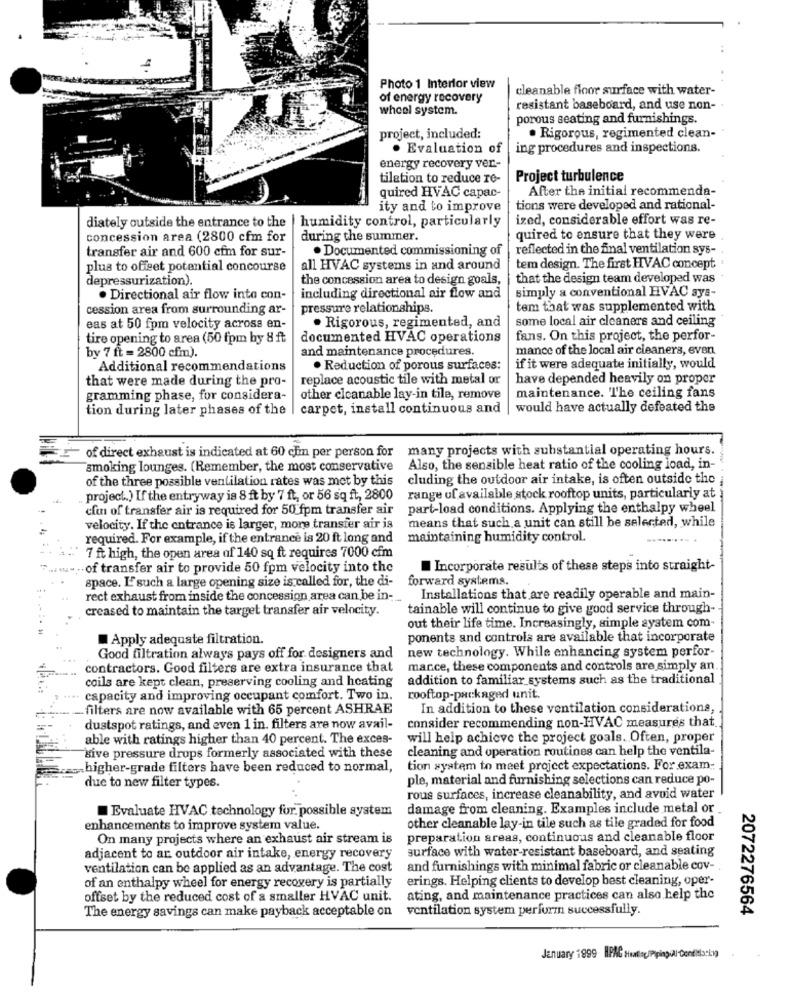
Photo 1 Interior view
cleanable floor surface with water-
of energy recovery
wheel system.
resistant baseboard, and use non-
porous seating and furnishings.
project, included:
. Rigorous, regimented clean-
. Evaluation of
ing procedures and inspections.
energy recovery ver-
tilation to reduce re-
Project turbulence
quired HVAC capac-
After the initial recommenda-
ity and to improve
tions were developed and rational-
diately outside the entrance to the | humidity control, particularly
ized, considerable effort was re-
concession area (2800 cfm for
during the summer.
quired to ensure that they were
transfer air and 600 cfm for sur-
. Documented commissioning of
reflected in the final ventilation sys-
plus to offset potential concourse
all HVAC systems in and around
tem design. The first HVAC concept
depressurization).
the concession area to design goals,
that the design team developed was
simply a conventional HVAC sys-
. Directional air flow into con-
including directional air flow and
cession area from surrounding ar-
pressure relationships.
tem that was supplemented with
some local air cleaners and ceiling
eas at 50 fpm velocity across en-
. Rigorous, regimented, and
tire opening to area (50 fpm by 8 ft
documented HVAC operations
fans. On this project, the perfor-
by 7 ft = 2800 cfm).
and maintenance procedures.
mance of the local air cleaners, even
Additional recommendations
. Reduction of porous surfaces:
if it were adequate initially, would
that were made during the pro-
replace acoustic tile with metal or
have depended heavily on proper
gramming phase, for considera-
other cicanable lay-in tile, remove
maintenance. The ceiling fans
tion during later phases of the | carpet, install continuous and
| would have actually defeated the
many projects with substantial operating hours.
of direct exhaust is indicated at 60 cim per person for
smoking lounges. (Remember, the most conservative
Also, the sensible heat ratio of the cooling load, in-
of the three possible ventilation rates was met by this
cluding the outdoor air intake, is often outside the
project.) If the entryway is 8 ft by 7 ft, or 56 sq ft, 2800
range of available stock rooftop units, particularly at
clin of transfer air is required for 50 fpm transfer air
part-load conditions. Applying the enthalpy wheel
means that such a unit can still be selected, while
velocity. If the entrance is larger, more transfer air is
required. For example, if the entrance is 20 ft long and
maintaining humidity control.
7 ft high, the open area of 140 sq ft requires 7000 cfm
ww. .. of transfer air to provide 50 fpm velocity into the
Incorporate results of these steps into straight-
space. I'such a large opening size is called for, the di-
forward systems.
rect exhaust from inside the concession area can be in -...
Installations that are readily operable and main-
creased to maintain the target transfer air velocity.
tainable will continue to give good service through
out their life time. Increasingly, simple system com-
Apply adequate filtration.
ponents and controls are available that incorporate
new technology. While enhancing system perfor-
Good filtration always pays off for designers and
.... contractors. Good filters are extra insurance that
mance, these components and controls are simply an
coils are kept clean, preserving cooling and heating
addition to familiar systems such as the traditional
.... capacity and improving occupant comfort. Two in.
rooftop-packaged unit.
- filters are now available with 65 percent ASHRAE
In addition to these ventilation considerations,
dustspot ratings, and even 1 in. filters are now avail-
consider recommending non-HVAC measures that
able with ratings higher than 40 percent. The exces-
will help achieve the project goals. Often, proper
cleaning and operation routines can help the ventila-
give pressure drops formerly associated with these
higher-grade filters have been reduced to normal,
tion system to meet project expectations. For exam.
ple, material and furnishing selections can reduce po-
due to new filter types.
rous surfaces, increase cleanability, and avoid water
Evaluate HVAC technology for. possible system
damage from cleaning. Examples include metal or
other cleanable lay-in tile such as tile graded for food
enhancements to improve system value.
On many projects where an exhaust air stream is
preparation areas, continuous and cleanable floor
surface with water-resistant baseboard, and seating
adjacent to an outdoor air intake, energy recovery
ventilation can be applied as an advantage. The cost
and furnishings with minimal fabric or cleanable cov-
erings. Helping clients to develop best cleaning, oper-
of an enthalpy wheel for energy recovery is partially
offset by the reduced cost of a smaller HVAC unit.
ating, and maintenance practices can also help the
The energy savings can make payback acceptable on
ventilation system perform successfully.
2072276564
January 1999 HPAG Hatliac/Pipingil Condito-1)